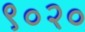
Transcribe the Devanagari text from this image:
९०२०